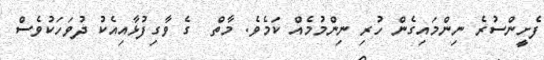
ފެށީންސުރެ ނިންމައިގެން ހުރި ނިންމުމެއް ކަމެވެ. މާތް  ގެ ވާގިފުޅާއިއެކު ދުވަހަކުވެސް